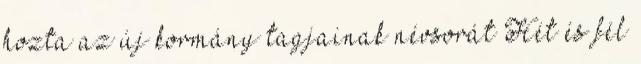
hozta az új kormány tagjainak névsorát Hét és fél